Lunatic asylums in Bengal annual reports 1888-1898 - 1888-1898
Year: 1888
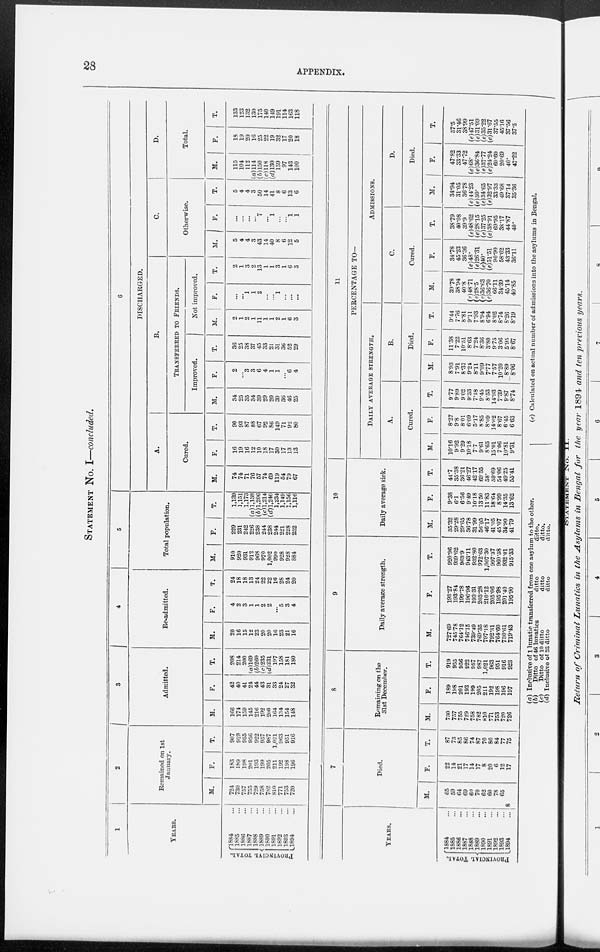
28
APPENDIX.
STATEMENT NO. I—concluded.
1
YEARS.
PROVINCIVL TOTAL.
1884 ...
1885 ...
1886 ...
1887 ...
1888 ...
1889 ...
1890 ...
1891 ...
1892 ...
1893 ...
1894 ...
2
Remained on 1st
January.
M.
724
730
757
755
729
758
782
810
771
753
720
F.
183
189
198
201
193
199
205
211
192
198
196
T.
907
919
955
956
922
957
987
1,021
903
951
916
3
Admitted.
M.
166
l74
159
145
216
192
200
164
134
154
148
F.
42
40
41
24
44
43
31
33
24
27
32
T.
208
214
200
(a)169
(b)260
(c)235
(d) 231
197
158
181
180
4
Re-admitted.
M.
20
16
15
12
23
20
20
16
23
21
16
F.
4
2
3
1
1
2
2
... 5
3
4
T.
24
18
18
13
24
22
22
16
28
24
20
5
Total population.
M.
910
920
931
912
968
970
1,002
990
928
928
884
F.
229
231
242
226
238
244
238
244
221
228
232
T.
1,139
1,151
1,173
(a)l,188
(b)1,206
(c)l,214
(d)1,240
1,234
1,149
1,156
1,116
6
DISCHARGED.
A.
Cured.
M.
74
74
71
76
57
74
69
119
64
79
67
F.
16
19
16
12
10
18
17
30
17
13
13
T.
90
93
87
88
67
92
86
149
71
92
80
B.
TRANSFERRED TO FRIENDS.
Improved.
M.
34
25
35
34
39
29
20
30
36
46
25
F.
2
...
3
3
6
4
1
1
...
6
4
T.
36
25
38
37
45
33
21
31
36
52
29
Not improved.
M.
2
1
2
1
11
1
1
2
1
6
3
F.
...
...
1
1
2
...
...
1
...
...
...
T.
2
1
3
2
13
1
1
3
1
6
3
C.
Otherwise.
M.
5
4
4
3
43
14
40
8
6
12
5
F.
...
...
...
...
7
...
1
...
...
1
1
T.
5
4
4
3
50
14
41
8
6
13
6
D.
Total.
M.
115
104
112
(a)114
(b)150
(c)118
(d)130
159
97
143
100
F.
18
19
20
16
25
22
19
32
17
20
18
T.
133
123
132
130
175
140
149
191
114
163
118
YEARS.
PROVINCIAL TOTAL.
1884
...
1885
...
1886
...
1887
...
1888
...
1889
...
1890
...
1891
...
1892 ...
1893 ...
1894
...
7
Died.
M.
65
59
64
69
60
70
62
60
78
65
8
F.
22
14
21
17
14
17
8
20
6
12
17
T.
87
73
85
86
74
87
70
80
84
77
75
8
Remaining on the
31st December.
M.
730
757
755
729
758
782
810
771
753
720
726
F.
189
198
201
193
199
205
211
192
198
196
197
T.
919
955
956
922
957
987
1,021
963
951
916
923
9
Daily average strength.
M.
727.69
745.78
764.12
746.15
739.49
769.35
797.18
792.31
764.60
730.61
719.43
F.
193.27
193.84
199.78
196.98
193 31
203.28
210.12
205.06
195.98
201 .40
195.90
T.
920.96
939.62
963.9
943.11
932.80
972.63
1,007.30
997.37
960.58
932.01
915.33
10
Daily average sick.
M.
35.32
29.28
29.65
36.78
31.99
56.05
46.17
41.05
45.07
34.90
4179
F.
9.38
6.1
6.56
9.49
10.18
13.50
11.83
18.64
8.99
14.35
13.62
T.
44.7
35.38
36.21
46.27
42.17
69.55
58.
59.69
54.06
49.25
55.41
11
PERCENTAGE TO—
DAILY AVERAGE STRENGTH.
A.
Cured.
M.
10.16
9.92
9.29
10.18
7.7
9.61
8.65
15.01
7.06
10.81
9.31
F.
8.27
9.8
8.01
6.09
5.17
8.85
8.09
14.62
8.67
6.45
6.63
T.
9.77
9.89
9.02
9.33
7.18
9.45
8.53
14.93
7.39
9.87
8.74
B.
Died.
M.
8.93
7.91
8.37
9.24
8.11
9.09
7.77
7.57
10.20
8.89
8.06
F.
11.38
7.22
10.51
8.63
7.24
8.36
3.80
9.75
3.06
5.95
8.67
T.
9.44
7.76
8.81
9.11
7.93
8.94
6.94
8.02
8.74
8.26
8.19
ADMISSIONS.
C.
Cured.
M.
39.78
38.94
40.8
(e)48.7l
(e)28.5
(e)36.63
(e)36.70
66.11
34.39
45.14
40.85
F.
34.78
45.23
36.36
(e)48.
(e)26.31
(e)40.
(e)51.51
90.90
58.62
43.33
36.11
T.
38.79
40.08
39.9
(e)48.62
(e)28.15
(e) 37.25
(e)38.91
69.95
38.17
44.87
40.
D.
Died.
M.
34.94
31.05
36.78
(e) 44.23
(e)30.
(e)34.65
(e)32.97
33.33
49.68
3714
85.36
F.
47.82
33.33
47.72
(e)68.
(e)36.84
(e)37.77
(e)24.24
60.60
20.69
40.
47.22
T.
37.5
31.46
38.99
(e)47.51
(e)31.09
(e)35.22
(e)31.67
37.55
45.16
37.56
37.5
(a) Inclusive of 1 lunatic transferred from one asylum to the other.
(b)
Ditto of 46 lunatics
ditto
ditto.
(c)
Ditto of 10 ditto
ditto
ditto.
(d) Inclusive of 32 ditto
ditto
ditto.
(e) Calculated on actual number of admissions into the asylums in Bengal.